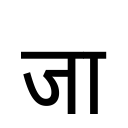
OCR:
जा